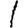
Digit: 1